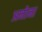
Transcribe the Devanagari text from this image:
अनोना